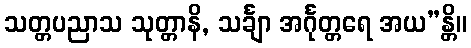
သတ္တပညာသ သုတ္တာနိ, သင်္ချာ အင်္ဂုတ္တရေ အယ”န္တိ။